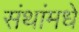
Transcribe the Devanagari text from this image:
संथांमधे